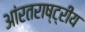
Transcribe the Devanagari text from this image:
आंरतराष्ट्रीय